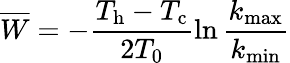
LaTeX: \overline{{W}}=-\frac{T_{\mathrm{h}}-T_{\mathrm{c}}}{2T_{0}}\ln\frac{k_{\mathrm{max}}}{k_{\mathrm{min}}}